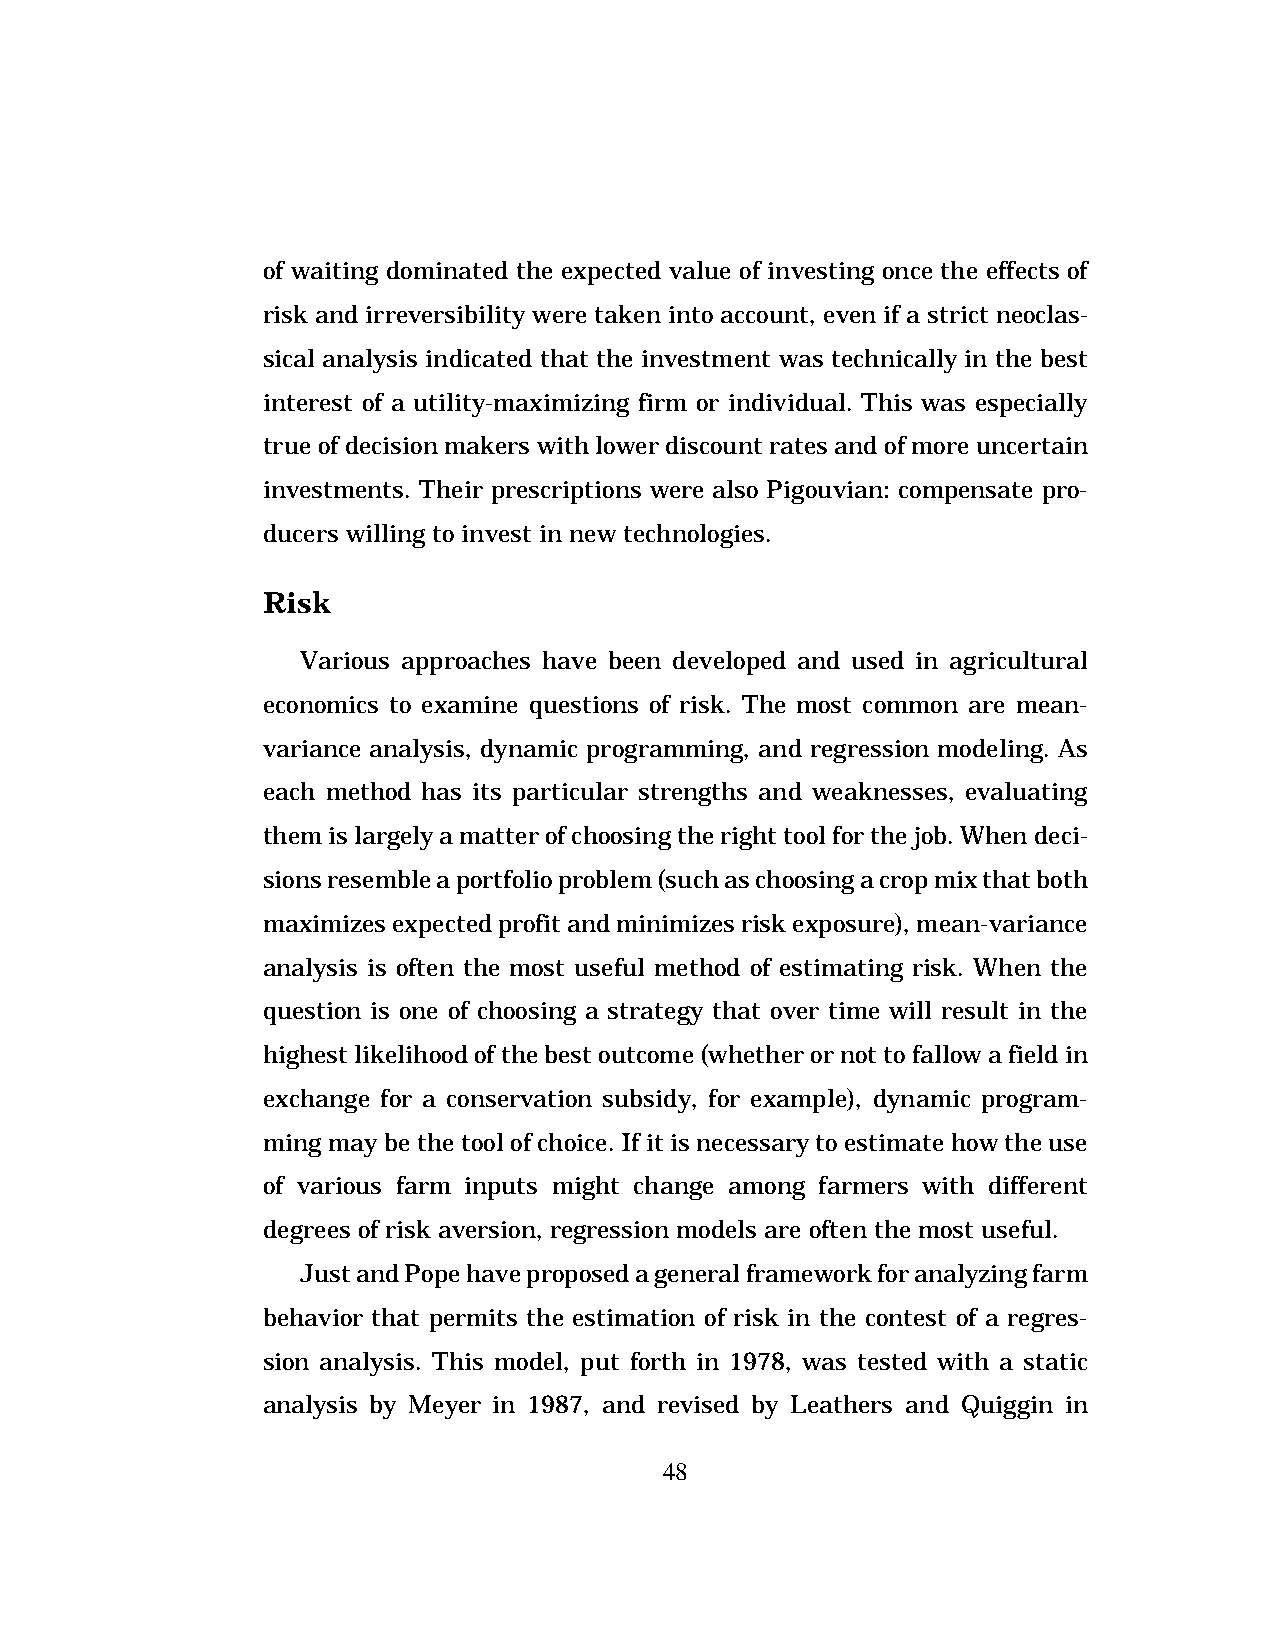
of waiting dominated the expected value of investing once the effects of
 risk and irreversibility were taken into account, even if a strict neoclas-
 sical analysis indicated that the investment was technically in the best
 interest of a utility-maximizing firm or individual. This was especially
 true of decision makers with lower discount rates and of more uncertain
 investments. Their prescriptions were also Pigouvian: compensate pro-
 ducers willing to invest in new technologies.
 Risk
 Various approaches have been developed and used in agricultural
 economics to examine questions of risk. The most common are mean-
 variance analysis, dynamic programming, and regression modeling. As
 each method has its particular strengths and weaknesses, evaluating
 them is largely a matter of choosing the right tool for the job. When deci-
 sions resemble a portfolio problem (such as choosing a crop mix that both
 maximizes expected profit and minimizes risk exposure), mean-variance
 analysis is often the most useful method of estimating risk. When the
 question is one of choosing a strategy that over time will result in the
 highest likelihood of the best outcome (whether or not to fallow a field in
 exchange for a conservation subsidy, for example), dynamic program-
 ming may be the tool of choice. If it is necessary to estimate how the use
 of various farm inputs might change among farmers with different
 degrees of risk aversion, regression models are often the most useful.
 Just and Pope have proposed a general framework for analyzing farm
 behavior that permits the estimation of risk in the contest of a regres-
 sion analysis. This model, put forth in 1978, was tested with a static
 analysis by Meyer in 1987, and revised by Leathers and Quiggin in
 48